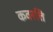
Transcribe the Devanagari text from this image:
कवरत्ति